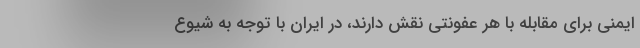
ایمنی برای مقابله با هر عفونتی نقش دارند، در ایران با توجه به شیوع